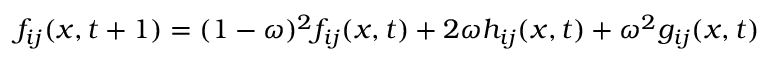
f _ { i j } ( x , t + 1 ) = ( 1 - \omega ) ^ { 2 } f _ { i j } ( x , t ) + 2 \omega h _ { i j } ( x , t ) + \omega ^ { 2 } g _ { i j } ( x , t )